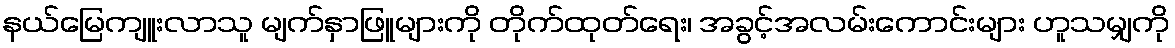
နယ်မြေကျူးလာသူ မျက်နှာဖြူများကို တိုက်ထုတ်ရေး၊ အခွင့်အလမ်းကောင်းများ ဟူသမျှကို